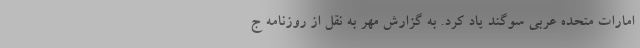
امارات متحده عربی سوگند یاد کرد. به گزارش مهر به نقل از روزنامه ج